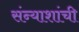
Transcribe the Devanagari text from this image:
संन्याशांची